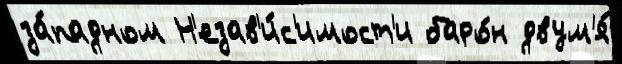
за́падном Н'езав'и́с'имост'и баро́н двум'я́